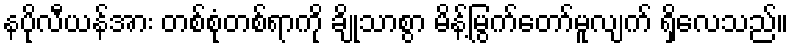
နပိုလီယန်အား တစ်စုံတစ်ရာကို ချိုသာစွာ မိန့်မြွက်တော်မူလျက် ရှိလေသည်။